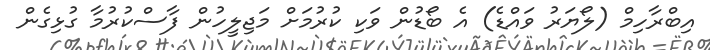
އިބްރާހިމް (ލޯޔަރު ވައްޑެ) އެ ބޯޑުން ވަކި ކުރުމަށް މަޖިލީހުން ފާސްކުރުމާ ގުޅިގެން